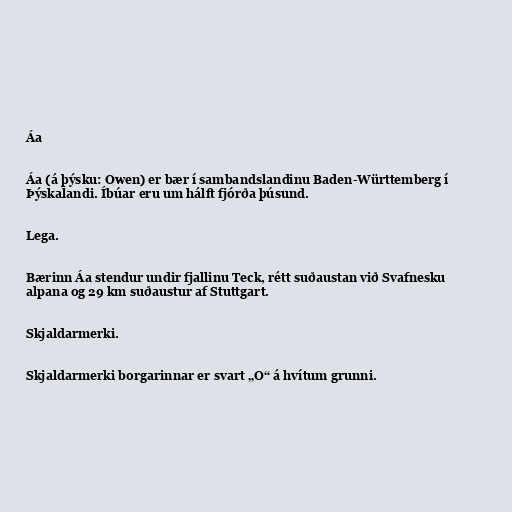
Áa

Áa (á þýsku: Owen) er bær í sambandslandinu Baden-Württemberg í
Þýskalandi. Íbúar eru um hálft fjórða þúsund.

Lega.

Bærinn Áa stendur undir fjallinu Teck, rétt suðaustan við Svafnesku
alpana og 29 km suðaustur af Stuttgart.

Skjaldarmerki.

Skjaldarmerki borgarinnar er svart „O“ á hvítum grunni.